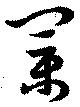
業